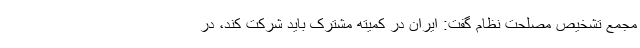
مجمع تشخیص مصلحت نظام گفت: ایران در کمیته مشترک باید شرکت کند، در